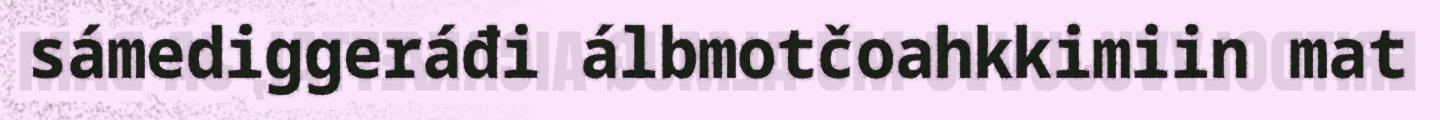
sámediggeráđi álbmotčoahkkimiin mat